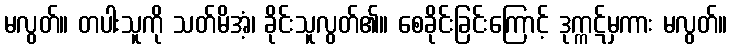
မလွတ်။ တပါးသူကို သတ်မိအံ့၊ ခိုင်းသူလွတ်၏။ စေခိုင်းခြင်းကြောင့် ဒုက္ကဋ်မှကား မလွတ်။